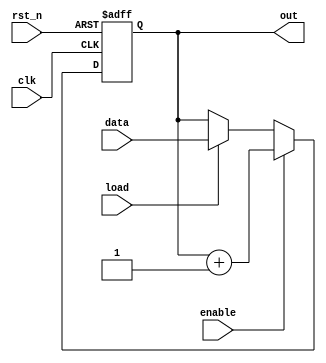
module counter(
  input [7:0] data,
  input enable,
  input load,
  input clk,
  input rst_n,
  output reg [7:0] out
);
  
  always @(posedge clk or negedge rst_n)
    begin
      if(!rst_n)
        out <= 8'd0;
      else if(enable)
        out <= out + 1;
      else if(load)
        out <= data;
      else
        out <= out;
    end
endmodule